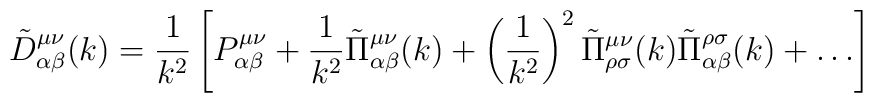
\tilde{D}_{\alpha \beta }^{\mu \nu }(k)=\frac1{k^2}\left[P_{\alpha\beta}^{\mu\nu}+\frac1{k^2}\tilde{\Pi}_{\alpha\beta}^{\mu\nu}(k)+\left(\frac1{k^2}\right)^2\tilde{\Pi}_{\rho\sigma}^{\mu\nu}(k)\tilde{\Pi}_{\alpha\beta}^{\rho\sigma}(k)+\dots\right]